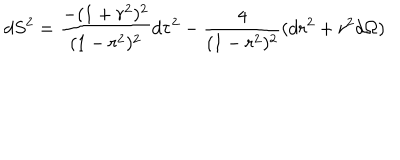
LaTeX: d S ^ { 2 } = { \frac { - ( 1 + r ^ { 2 } ) ^ { 2 } } { ( 1 - r ^ { 2 } ) ^ { 2 } } } d \tau ^ { 2 } - { \frac { 4 } { ( 1 - r ^ { 2 } ) ^ { 2 } } } ( d r ^ { 2 } + r ^ { 2 } d \Omega )